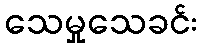
သေမှုသေခင်း